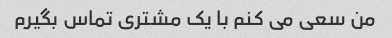
من سعی می کنم با یک مشتری تماس بگیرم